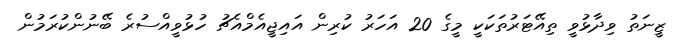
ޒީނަތު ވިދާޅުވީ ތިއޭޓަރުތަކަކީ މީގެ 20 އަހަރު ކުރިން އައިޖީއެމްއެޗު ހުޅުވީއްސުރެ ބޭނުންކުރަމުން